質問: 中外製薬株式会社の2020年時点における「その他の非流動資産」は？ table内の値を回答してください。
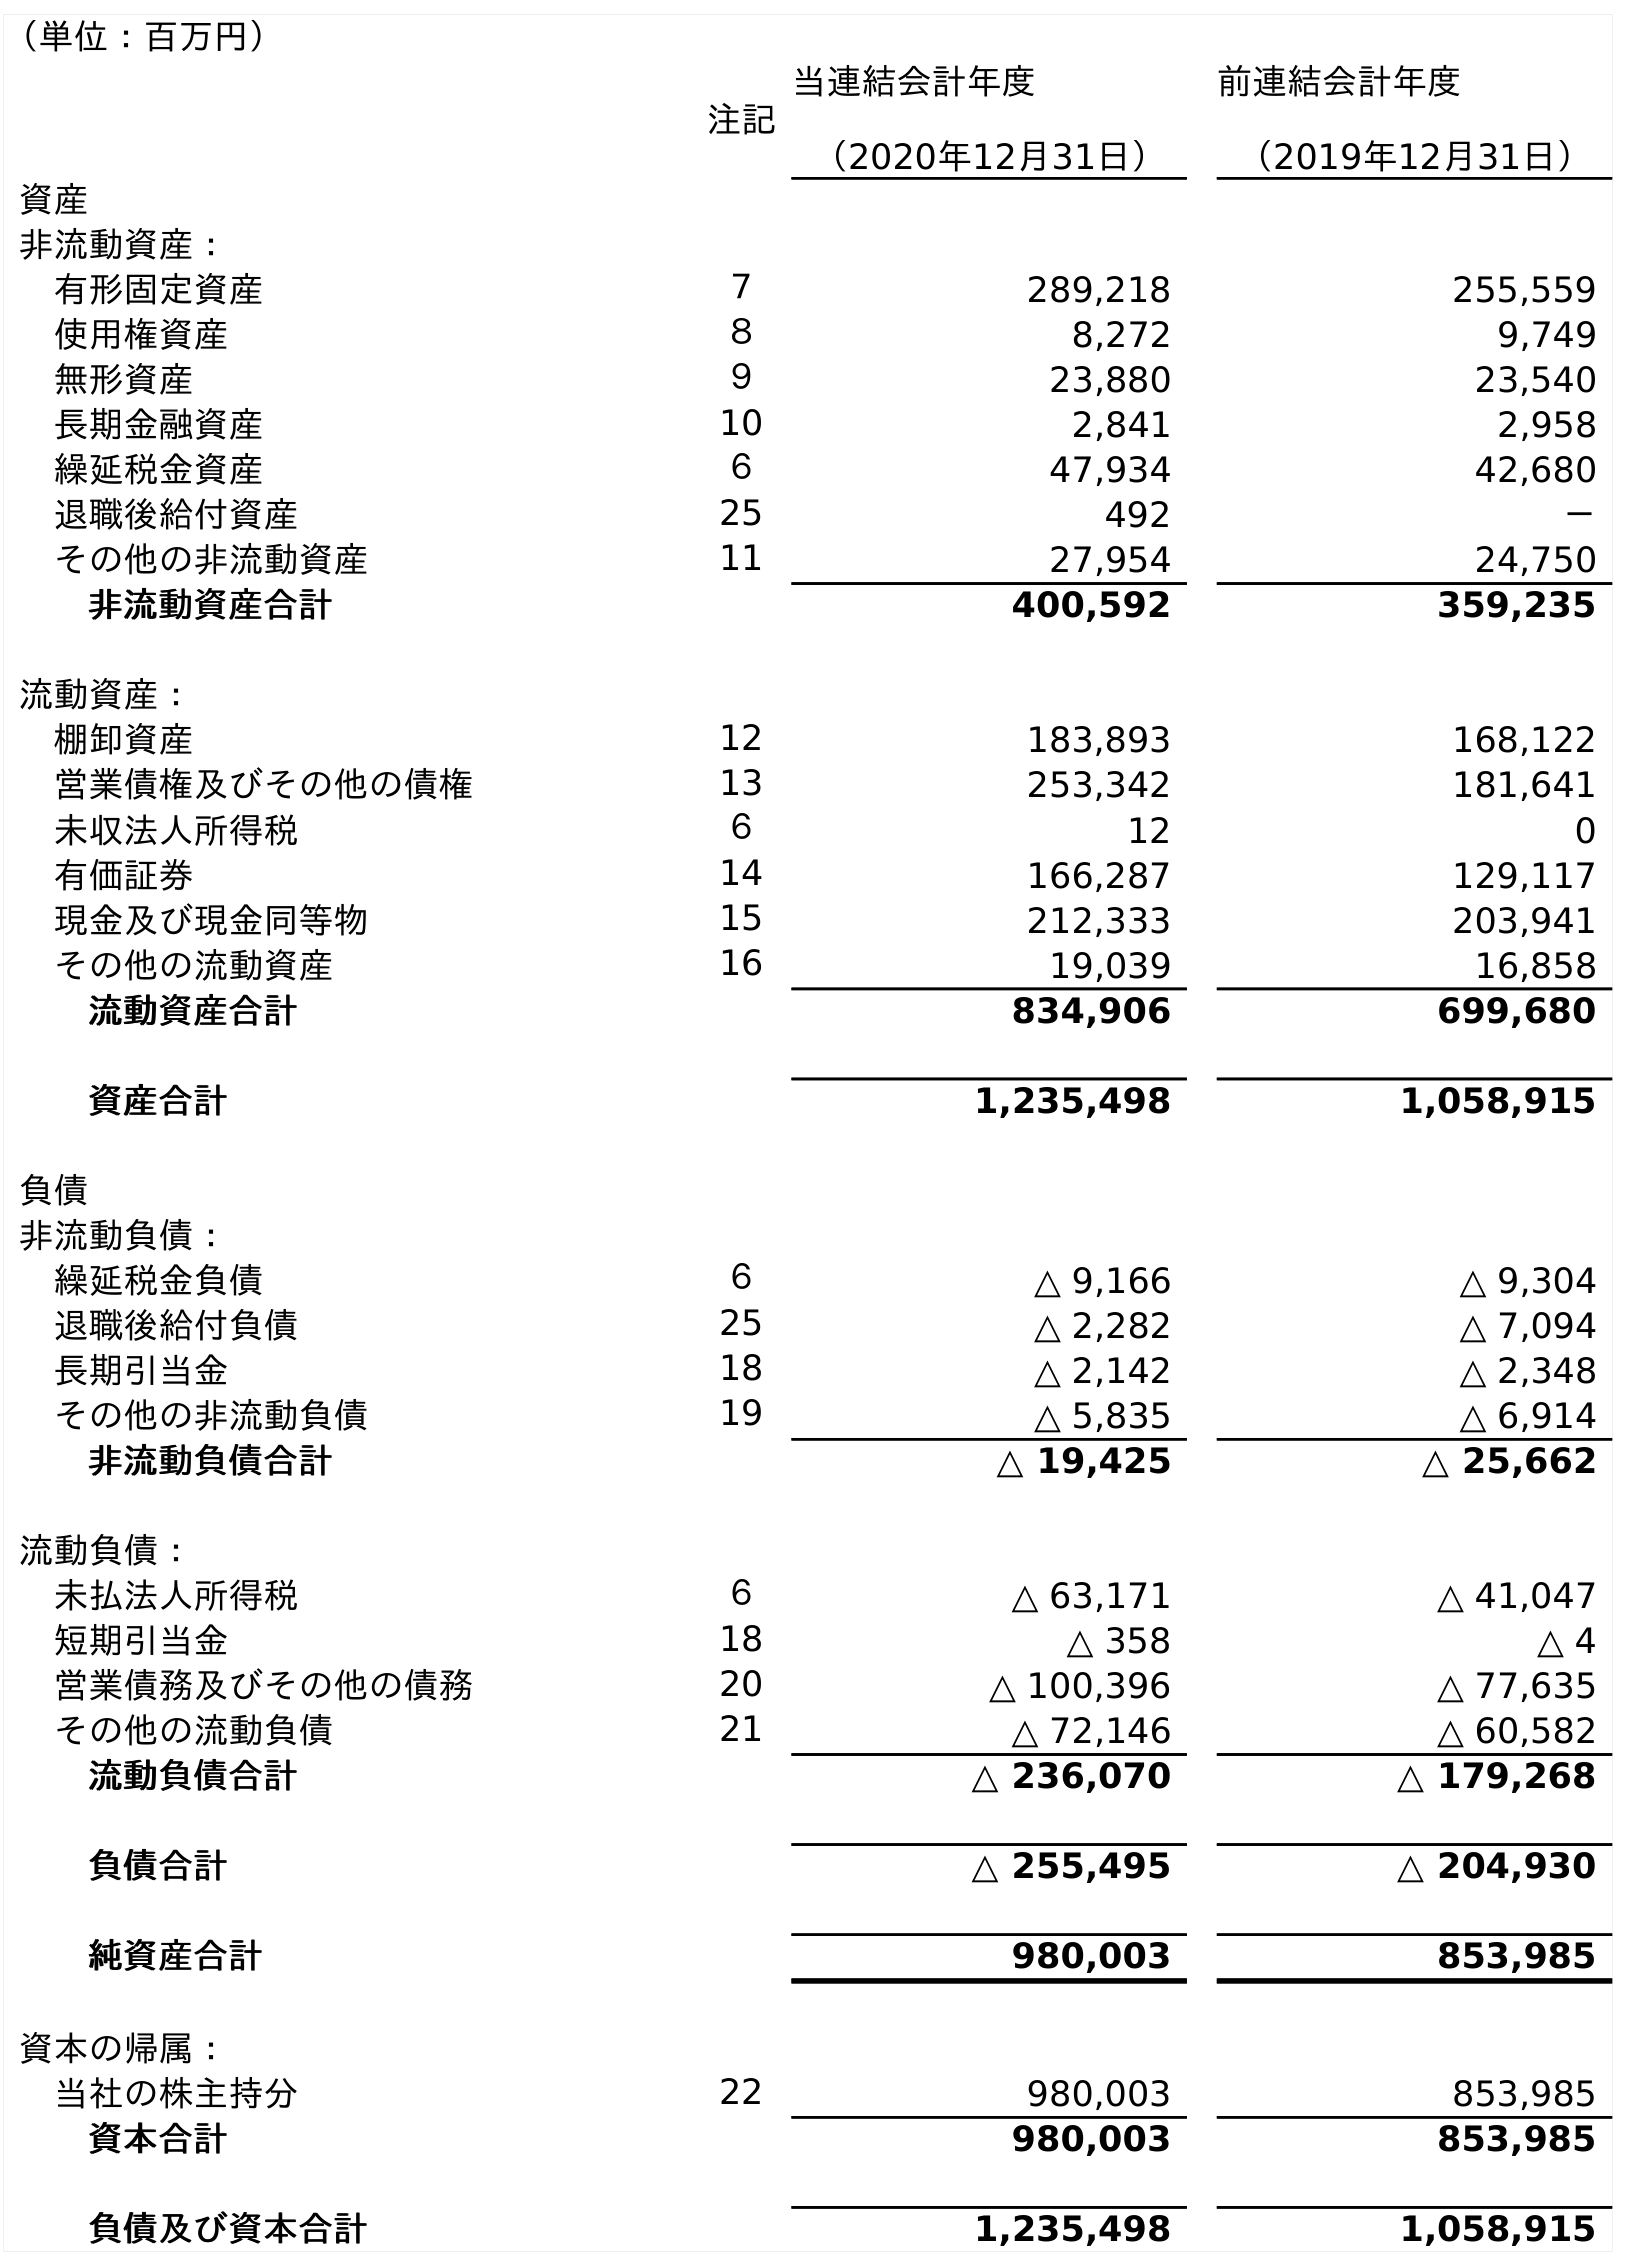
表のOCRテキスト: （単位：百万円） 注記 当連結会計年度 （2020年12月31日） 前連結会計年度 （2019年12月31日） 資産 非流動資産： 有形固定資産 ７ 289,218 255,559 使用権資産 ８ 8,272 9,749 無形資産 ９ 23,880 23,540 長期金融資産 10 2,841 2,958 繰延税金資産 ６ 47,934 42,680 退職後給付資産 25 492 － その他の非流動資産 11 27,954 24,750 非流動資産合計 400,592 359,235 流動資産： 棚卸資産 12 183,893 168,122 営業債権及びその他の債権 13 253,342 181,641 未収法人所得税 ６ 12 0 有価証券 14 166,287 129,117 現金及び現金同等物 15 212,333 203,941 その他の流動資産 16 19,039 16,858 流動資産合計 834,906 699,680 資産合計 1,235,498 1,058,915 負債 非流動負債： 繰延税金負債 ６ △ 9,166 △ 9,304 退職後給付負債 25 △ 2,282 △ 7,094 長期引当金 18 △ 2,142 △ 2,348 その他の非流動負債 19 △ 5,835 △ 6,914 非流動負債合計 △ 19,425 △ 25,662 流動負債： 未払法人所得税 ６ △ 63,171 △ 41,047 短期引当金 18 △ 358 △ 4 営業債務及びその他の債務 20 △ 100,396 △ 77,635 その他の流動負債 21 △ 72,146 △ 60,582 流動負債合計 △ 236,070 △ 179,268 負債合計 △ 255,495 △ 204,930 純資産合計 980,003 853,985 資本の帰属： 当社の株主持分 22 980,003 853,985 資本合計 980,003 853,985 負債及び資本合計 1,235,498 1,058,915
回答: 27,954